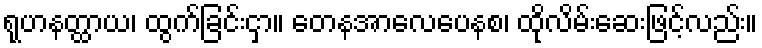
ရုဟနတ္ထာယ၊ ထွက်ခြင်းငှာ။ တေနအာလေပေနစ၊ ထိုလိမ်းဆေးဖြင့်လည်း။